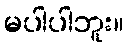
မပါပါဘူး။